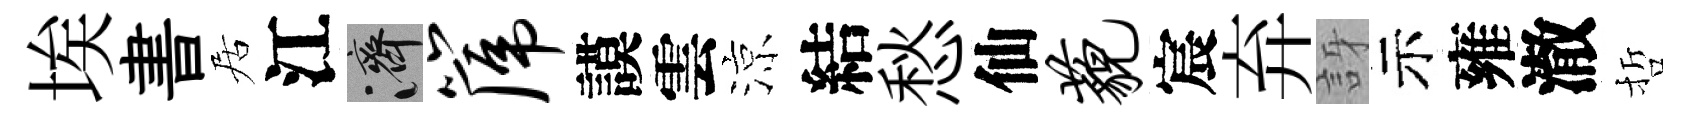
埃書居江濟篪謨雲涼結愁仙藐宸弃訝示雍澈哲